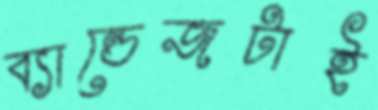
ব্যান্ডেজটাই